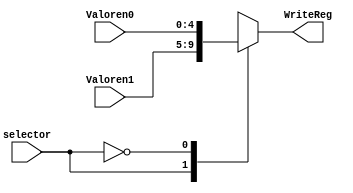
`timescale 1ns/1ns
module Mux5bits(
    input [4:0]Valoren1,
    input [4:0]Valoren0,
    input selector,
    output reg [4:0]WriteReg
);

always @*
    begin
        case(selector)
        1'b1:
            WriteReg=Valoren1;
        1'b0:
            WriteReg=Valoren0;
        endcase
    end
endmodule